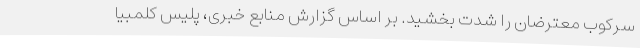
سرکوب معترضان را شدت بخشید. بر اساس گزارش منابع خبری، پلیس کلمبیا